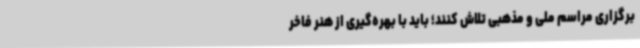
برگزاری مراسم ملی و مذهبی تلاش کنند؛ باید با بهره‌گیری از هنر فاخر